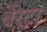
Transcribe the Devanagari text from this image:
बेरेटा